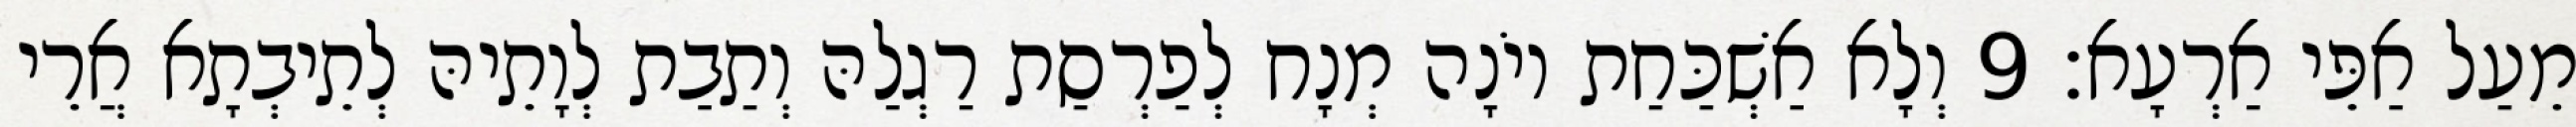
מֵעַל אַפֵּי אַרְעָא׃ 9 וְלָא אַשְׁכַּחַת יוֹנָה מְנָח לְפַרְסַת רַגְלַהּ וְתַבַת לְוָתֵיהּ לְתֵיבְתָא אֲרֵי